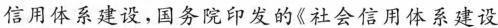
信用体系建设，国务院印发的《社会信用体系建设